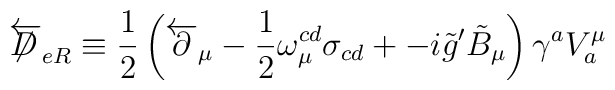
\overleftarrow{\not\!\!D}_{eR}\equiv\frac{1}{2}\left(\overleftarrow{\partial}_{\mu}-\frac{1}{2}\omega_{\mu}^{cd}\sigma_{cd}+-i\tilde{g}^{\prime}\tilde{B}_{\mu}\right)\gamma^{a}V_{a}^{\mu}